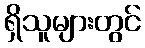
ရှိသူများတွင်